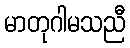
မာတုဂါမသညီ